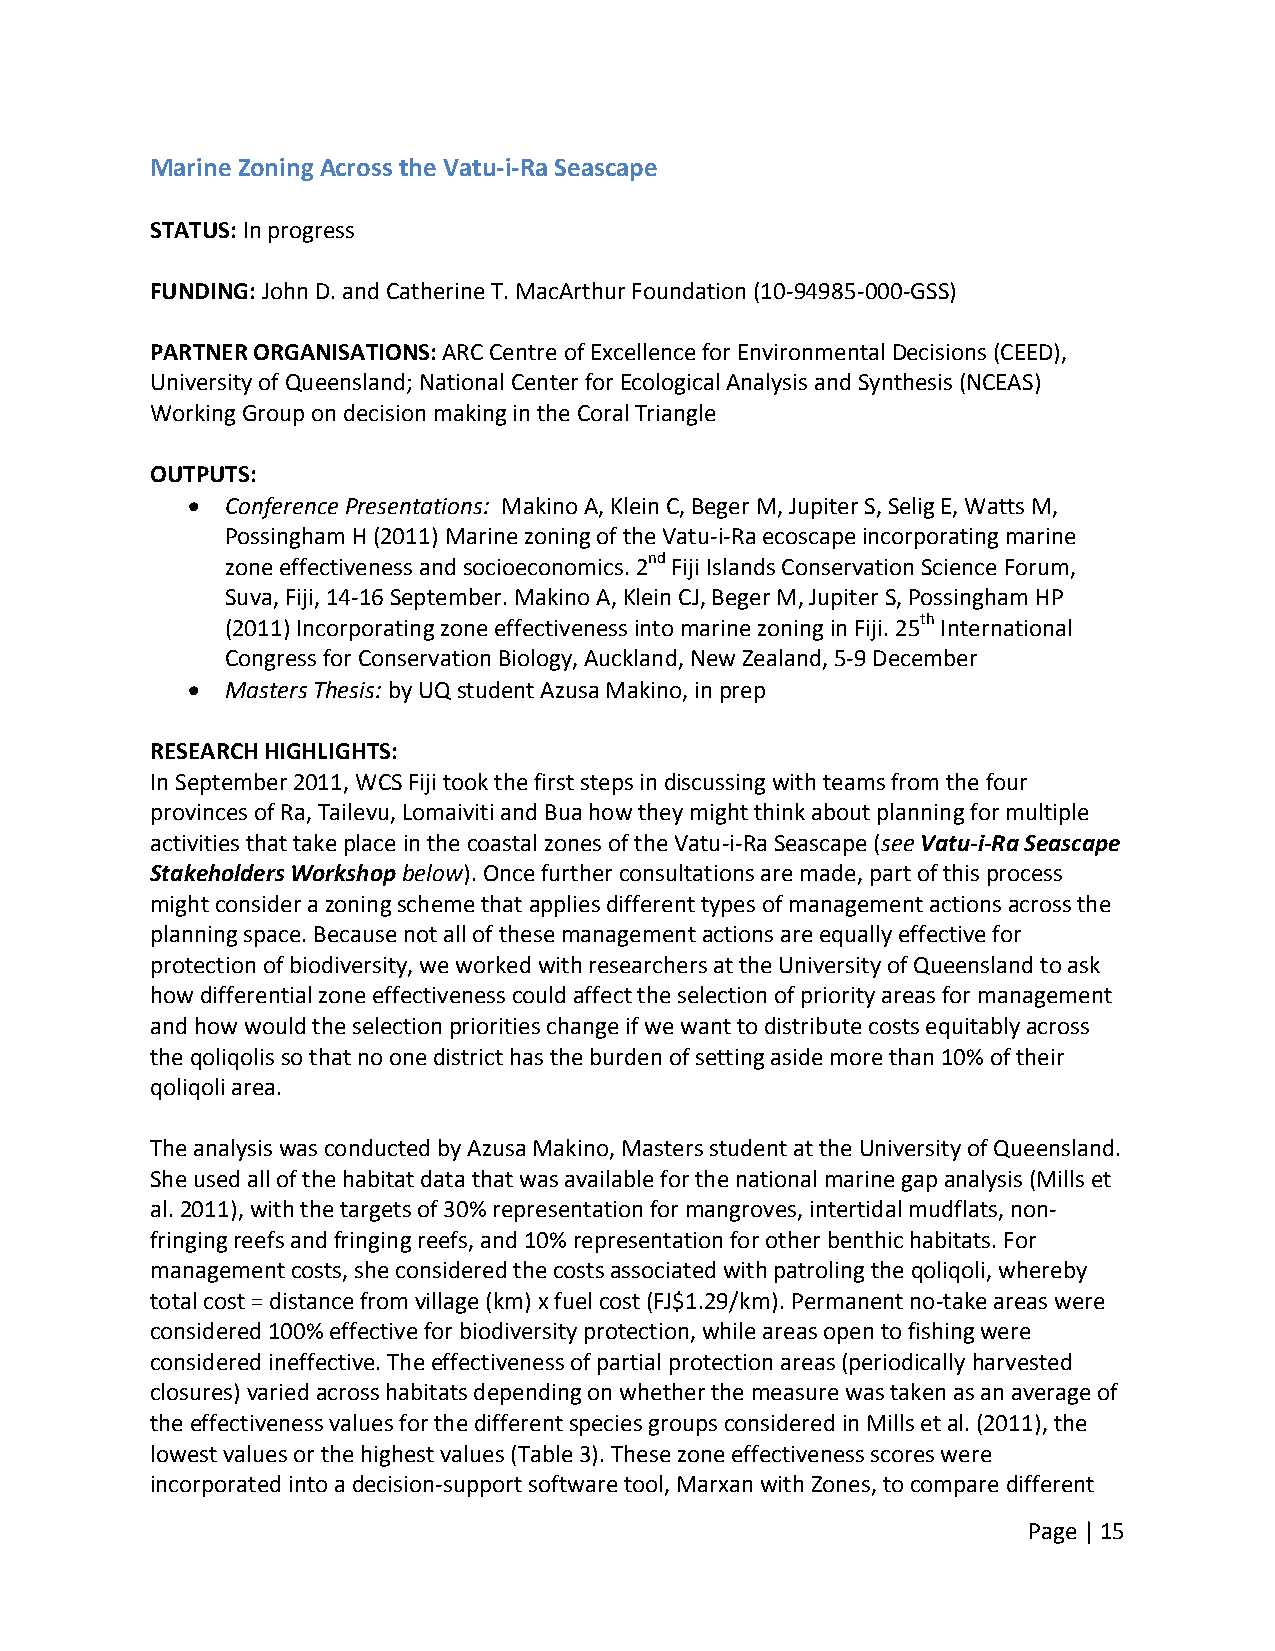
Marine Zoning Across the Vatu‐i‐Ra Seascape
 STATUS: In progress
 FUNDING: John D. and Catherine T. MacArthur Foundation (10‐94985‐000‐GSS)
 PARTNER ORGANISATIONS: ARC Centre of Excellence for Environmental Decisions (CEED),
 University of Queensland; National Center for Ecological Analysis and Synthesis (NCEAS)
 Working Group on decision making in the Coral Triangle
 OUTPUTS:
   Conference Presentations: Makino A, Klein C, Beger M, Jupiter S, Selig E, Watts M,
 Possingham H (2011) Marine zoning of the Vatu‐i‐Ra ecoscape incorporating marine
 zone effectiveness and socioeconomics. 2nd Fiji Islands Conservation Science Forum,
 Suva, Fiji, 14‐16 September. Makino A, Klein CJ, Beger M, Jupiter S, Possingham HP
 (2011) Incorporating zone effectiveness into marine zoning in Fiji. 25th International
 Congress for Conservation Biology, Auckland, New Zealand, 5‐9 December
   Masters Thesis: by UQ student Azusa Makino, in prep
 RESEARCH HIGHLIGHTS:
 In September 2011, WCS Fiji took the first steps in discussing with teams from the four
 provinces of Ra, Tailevu, Lomaiviti and Bua how they might think about planning for multiple
 activities that take place in the coastal zones of the Vatu‐i‐Ra Seascape (see Vatu‐i‐Ra Seascape
 Stakeholders Workshop below). Once further consultations are made, part of this process
 might consider a zoning scheme that applies different types of management actions across the
 planning space. Because not all of these management actions are equally effective for
 protection of biodiversity, we worked with researchers at the University of Queensland to ask
 how differential zone effectiveness could affect the selection of priority areas for management
 and how would the selection priorities change if we want to distribute costs equitably across
 the qoliqolis so that no one district has the burden of setting aside more than 10% of their
 qoliqoli area.
 The analysis was conducted by Azusa Makino, Masters student at the University of Queensland.
 She used all of the habitat data that was available for the national marine gap analysis (Mills et
 al. 2011), with the targets of 30% representation for mangroves, intertidal mudflats, non‐
 fringing reefs and fringing reefs, and 10% representation for other benthic habitats. For
 management costs, she considered the costs associated with patroling the qoliqoli, whereby
 total cost = distance from village (km) x fuel cost (FJ$1.29/km). Permanent no‐take areas were
 considered 100% effective for biodiversity protection, while areas open to fishing were
 considered ineffective. The effectiveness of partial protection areas (periodically harvested
 closures) varied across habitats depending on whether the measure was taken as an average of
 the effectiveness values for the different species groups considered in Mills et al. (2011), the
 lowest values or the highest values (Table 3). These zone effectiveness scores were
 incorporated into a decision‐support software tool, Marxan with Zones, to compare different
 Page | 15